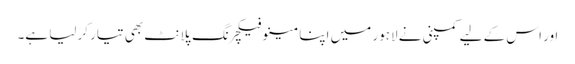
اور اس کے لیے کمپنی نے لاہور میں اپنا مینوفیکچرنگ پلانٹ بھی تیار کرلیا ہے۔